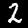
Digit: 2